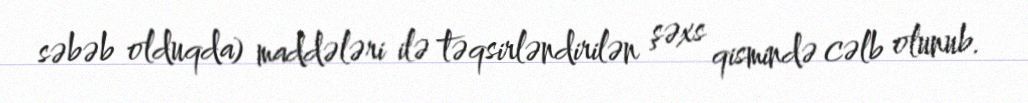
səbəb olduqda) maddələri ilə təqsirləndirilən şəxs qismində cəlb olunub.